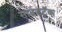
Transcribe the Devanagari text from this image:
साउंडट्रॅक